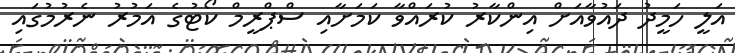
އަލީ ހަމީދު ދައުވާއަށް އިންކާރު ކުރައްވާ ކަމަށާއި ސްޕްރީމް ކޯޓުގެ އަމުރު ނެރުމުގައި